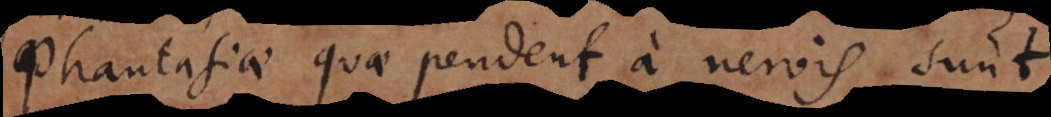
Phantasiae quae pendent a nervis sunt